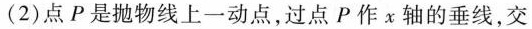
(2)点P是抛物线上一动点，过点P作x轴的垂线，交